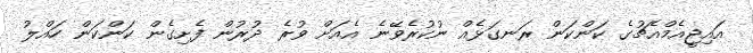
އައިޖީއެމްއެޗުގެ ކަންކަން ރަނގަޅެއް ނުކުރެވޭނެ އެއަށް ވުރެ ދުރުން ފެށިގެން ކަންކަން ހައްލު